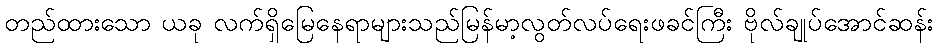
တည်ထားသော ယခု လက်ရှိမြေနေရာများသည်မြန်မာ့လွတ်လပ်ရေးဖခင်ကြီး ဗိုလ်ချုပ်အောင်ဆန်း